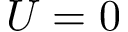
U = 0